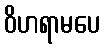
ဝိဟရာမပေ